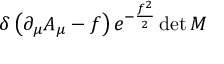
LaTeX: \delta \left( \partial _ { \mu } A _ { \mu } - f \right) e ^ { - { \frac { f ^ { 2 } } { 2 } } } \operatorname* { d e t } M